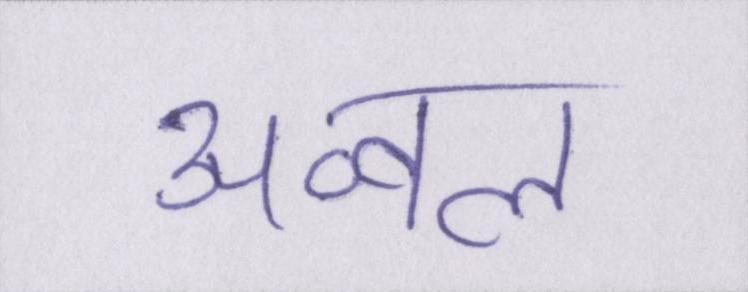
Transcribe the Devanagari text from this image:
अव्वल